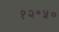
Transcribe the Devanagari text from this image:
१२॰५०